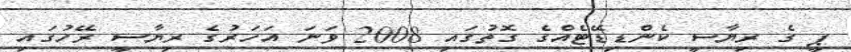
ޕީ ގެ ރިޔާސީ ކެންޑިޑޭޓެއްގެ ގޮތުގައި 2008 ވަނަ އަހަރުގެ ރިޔާސީ ރޭހުގައި